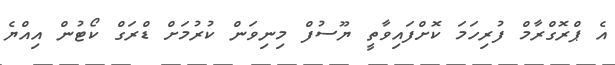
އެ ޕްރޮގްރާމް ފުރިހަމަ ކޮށްފައިވާތީ ޔޫސުފް މިނިވަން ކުރުމަށް ޑްރަގް ކޯޓުން އިއްޔެ